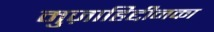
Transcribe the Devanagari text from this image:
मुज़ाहिद्दीनका